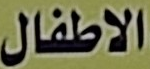
الاطفال